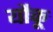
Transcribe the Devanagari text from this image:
यौकू